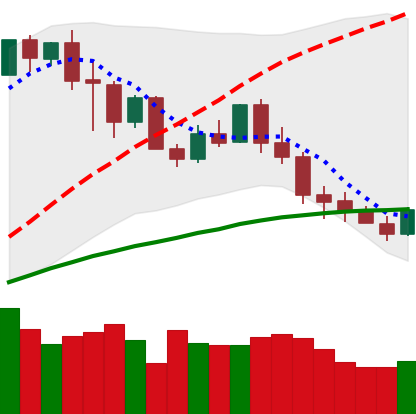
Ticker: XMR-USD
Chart end date: 2020-03-02
Forward return: -4.445%
Label: down_3_5